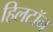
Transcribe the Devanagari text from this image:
हिलटॉन